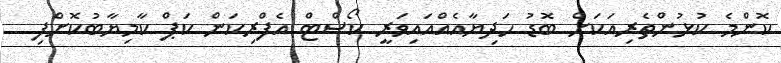
ކޮންމެ ކުޅުންތެރިއަކަށް ބޮޑު ހަދިޔާއެއްއައިވަރީ ކޯސްޓް އެފްރިކަން ކަޕް ކާމިޔާބުކޮށްފި